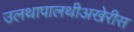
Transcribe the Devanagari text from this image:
उलथापालथीअखेरीस